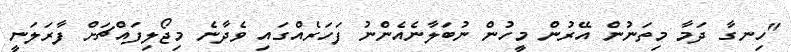
"ހިނގާ ދަމާ މިތަނުން އޭރުން މީހުން ނުބަލާނެއެންނު ފަހަރެއްގައި ވެދާނެ މިޖޯލިފައްޗަށް ފާރަލަނީ